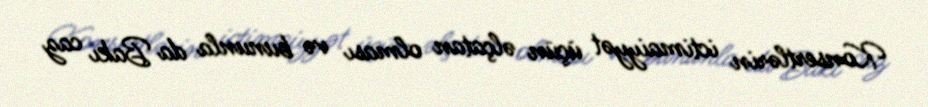
Konsertlərin ictimaiyyət üçün əlçatan olması və bununla da Bakı caz